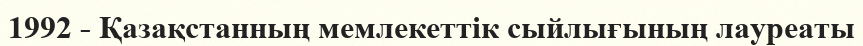
1992 - Қазақстанның мемлекеттік сыйлығының лауреаты